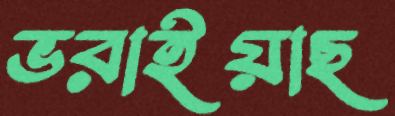
ভরাইয়াছ